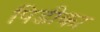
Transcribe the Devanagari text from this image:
पिडीका